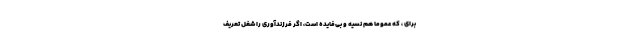
برای ، که عموماً هم نسیه و بی‌فایده است، اگر فرزندآوری را شغل تعریف